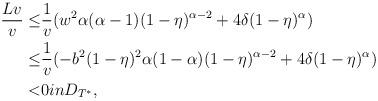
LaTeX: \begin{align*} \frac{Lv}{v}\leq&\frac{1}{v}(w^2\alpha(\alpha-1)(1-\eta)^{\alpha-2} +4\delta(1-\eta)^{\alpha})\\ \leq&\frac{1}{v}(-b^2(1-\eta)^2\alpha(1-\alpha)(1-\eta)^{\alpha-2} +4\delta(1-\eta)^{\alpha})\\<&0in D_{T^*}, \end{align*}